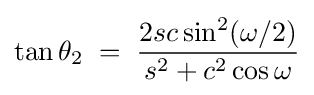
\tan \theta _{2}\;=\;{\frac {2sc\sin ^{2}(\omega /2)}{s^{2}+c^{2}\cos \omega }}